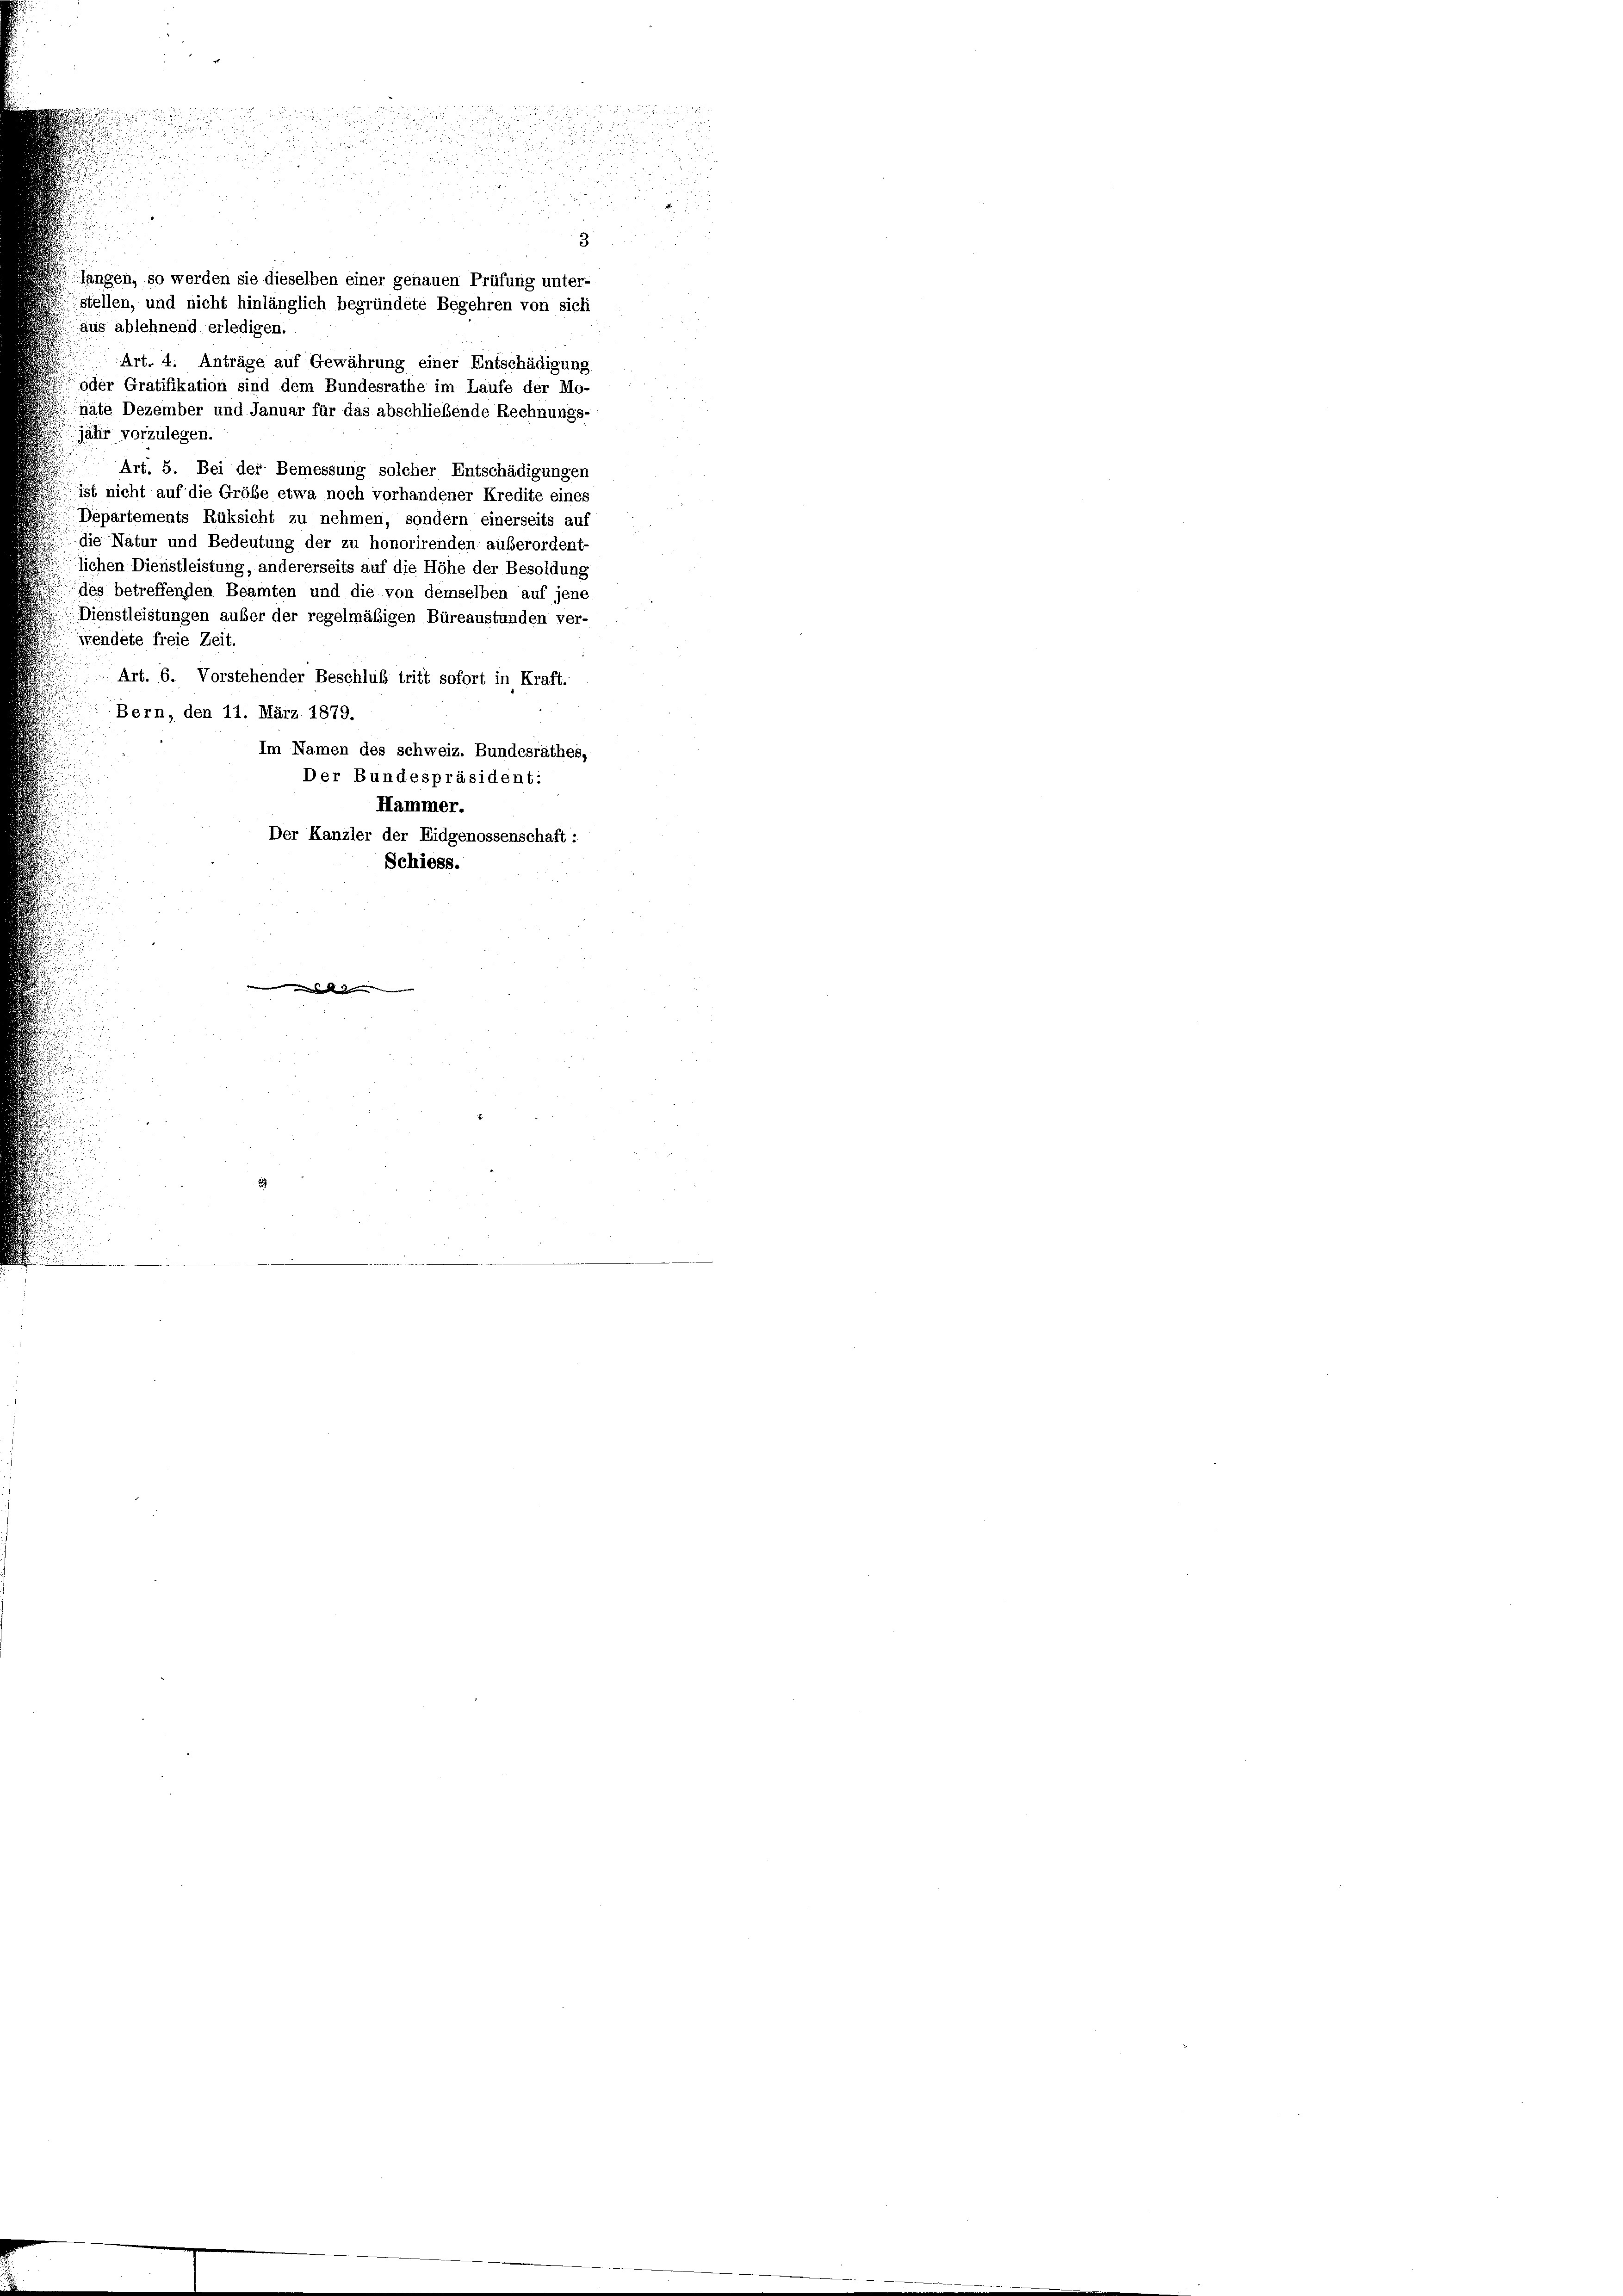
aus ablehnend erledigen.
Art. 4. Anträge auf Gewährung einer Entschädigung
oder Gratifikation sind dem Bundesrathe im Laufe der Mo-
präte Dezember und Januar für das abschließende Rechnungs-
jahr vorzulegen.
Art. 5. Bei der Bemessung solcher Entschädigungen
ist nicht auf die Größe etwa noch vorhandener Kredite eines
Departements Rüksicht zu nehmen, sondern einerseits auf
die Natur und Bedeutung der zu honorirenden: außerordent-
lichen Dienstleistung, andererseits auf die Höhe der Besoldung
des betreffenden Beamten und die von demselben auf jene
Dienstleistungen auber der regelmäßigen Büreaustunden ver-
wendete freie Zeit.
Art. 6. Vorstehender Beschluß tritt sofort in Kraft.
Bern, den 11. März 1879.
Im Namen des schweiz. Bundesräthes,
Der Bundespräsident:
Hammer.
Der Kanzler der Eidgenossenschaft :
Schiess.

3
längen, so werden sie dieselben einer genauen Prüfung unter-
stellen, und nicht hinlänglich begründete Begehren von sich